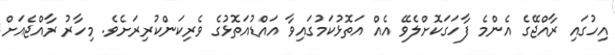
އިހުގައި ރާއްޖޭގެ އެންމެ ފާހަގަކޮށްލެވޭ އެއް އަތޮޅުކަމުގައިވާ އައްޑުއަތޮޅުގެ ވެރިކަންކުރިރަށެވެ. މިހާރު ރާއްޖެއަށް